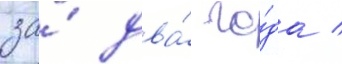
за́ два́ го́да /